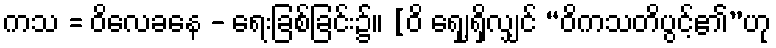
ကသ = ဝိလေခနေ - ရေးခြစ်ခြင်း၌။ [ဝိ ရှေ့ျရှိလျှင် “ဝိကသတိပွင့်၏”ဟု